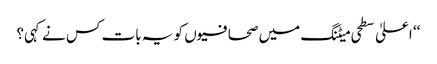
‘‘ اعلیٰ سطحی میٹنگ میں صحافیوں کو یہ بات کس نے کہی؟